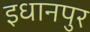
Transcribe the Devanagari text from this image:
इधानपुर